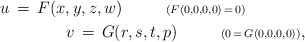
\begin{align*}u\,=\,F(x,y,z,w)\ \ \ \ \ \ \ \ {\scriptstyle{(F(0,0,0,0)\,=\,0)}}\ \ \ \ \ \ \ \ \ \ \ \\ \ \ \ \ \ \ \ \ \ \ \ v\,=\,G(r,s,t,p)\ \ \ \ \ \ \ \ {\scriptstyle{(0\,=\,G(0,0,0,0))}},\end{align*}